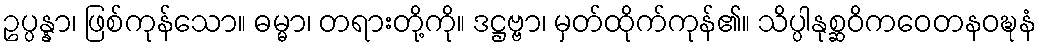
ဥပ္ပန္နာ၊ ဖြစ်ကုန်သော။ ဓမ္မာ၊ တရားတို့ကို။ ဒဋ္ဌဗ္ဗာ၊ မှတ်ထိုက်ကုန်၏။ သိပ္ပါနုစ္ဆဝိကဝေတနဝဍ္ဎနံ